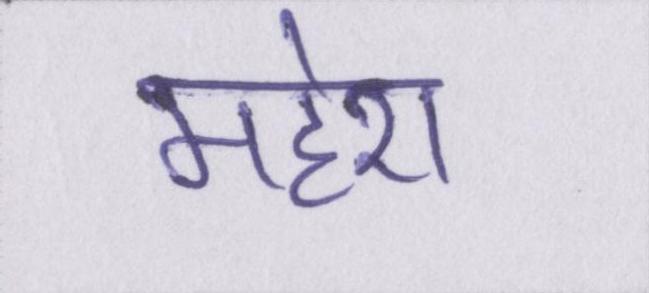
महेश